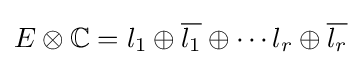
E\otimes \mathbb {C} =l_{1}\oplus {\overline {l_{1}}}\oplus \dotsm l_{r}\oplus {\overline {l_{r}}}